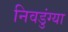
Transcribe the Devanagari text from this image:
निवडुंग्या